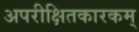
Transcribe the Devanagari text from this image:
अपरीक्षितकारकम्